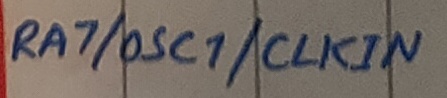
Text: RA7/OSC1/CLKIN